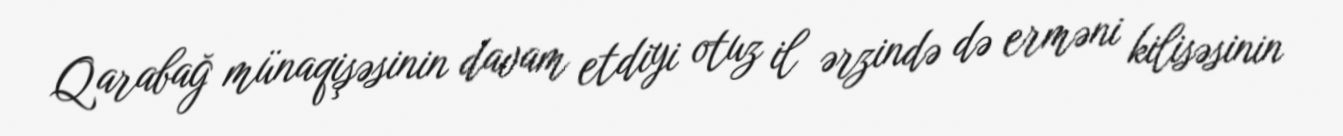
Qarabağ münaqişəsinin davam etdiyi otuz il ərzində də erməni kilisəsinin